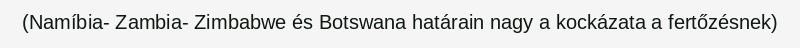
(Namíbia- Zambia- Zimbabwe és Botswana határain nagy a kockázata a fertőzésnek)